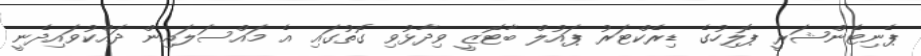
ޕެނިޓެންޝަރީ ޕޮލިހުގެ ޑިރެކްޓަރު ޕައުލް ބާޓޮޒީ ވިދާޅުވި ގޮތުގައި އެ މައްސަލައިން ދައްކުވައިދެނީ